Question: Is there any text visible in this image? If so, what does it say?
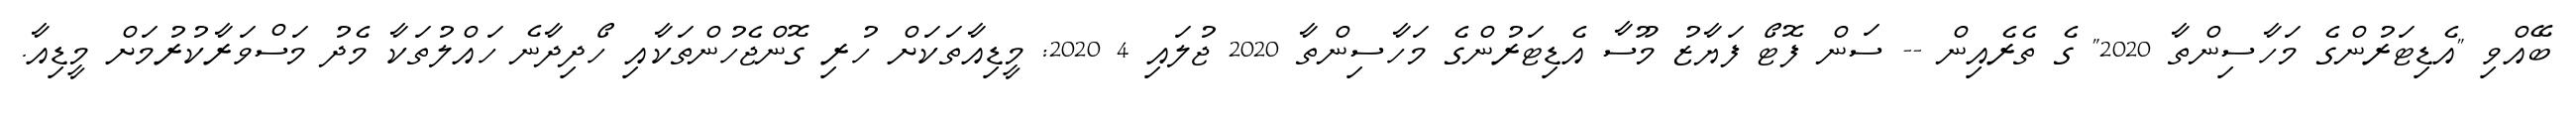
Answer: ބޭއްވި "އެޑިޓަރުންގެ މަހާސިންތާ 2020" ގެ ތެރެއިން -- ސަން ފޮޓޯ ފަޔާޒު މޫސާ އެޑިޓަރުންގެ މަހާސިންތާ 2020 ޖުލައި 4 2020: މީޑިއާތަކަށް ހުރި ގޮންޖެހުންތަކާއި ހޯދިދާނެ ހައްލުތަކާ މެދު މަސްވަރާކުރުމަށް މީޑިއާ.